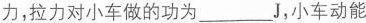
力，拉力对小车做的功为___J，小车动能